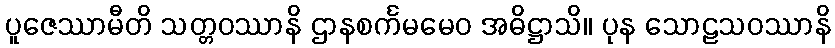
ပူဇေဿာမီတိ သတ္တဝဿာနိ ဌာနစင်္ကမမေဝ အဓိဋ္ဌာသိ။ ပုန သောဠသဝဿာနိ